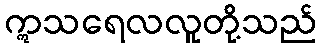
ဣသရေလလူတို့သည်